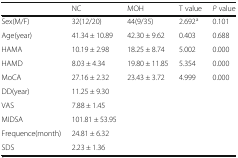
<table><thead><tr><td></td><td><b>NC</b></td><td><b>MOH</b></td><td><b>T value</b></td><td><b><i>P</i> value</b></td></tr></thead><tbody><tr><td>Sex(M/F)</td><td>32(12/20)</td><td>44(9/35)</td><td>2.692<sup>a</sup></td><td>0.101</td></tr><tr><td>Age(year)</td><td>41.34 ± 10.89</td><td>42.30 ± 9.62</td><td>0.403</td><td>0.688</td></tr><tr><td>HAMA</td><td>10.19 ± 2.98</td><td>18.25 ± 8.74</td><td>5.002</td><td>0.000</td></tr><tr><td>HAMD</td><td>8.03 ± 4.34</td><td>19.80 ± 11.85</td><td>5.354</td><td>0.000</td></tr><tr><td>MoCA</td><td>27.16 ± 2.32</td><td>23.43 ± 3.72</td><td>4.999</td><td>0.000</td></tr><tr><td>DD(year)</td><td>11.25 ± 9.30</td><td></td><td></td><td></td></tr><tr><td>VAS</td><td>7.88 ± 1.45</td><td></td><td></td><td></td></tr><tr><td>MIDSA</td><td>101.81 ± 53.95</td><td></td><td></td><td></td></tr><tr><td>Frequence(month)</td><td>24.81 ± 6.32</td><td></td><td></td><td></td></tr><tr><td>SDS</td><td>2.23 ± 1.36</td><td></td><td></td><td></td></tr></tbody></table>